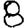
Digit: 8